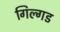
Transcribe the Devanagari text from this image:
गिल्गड